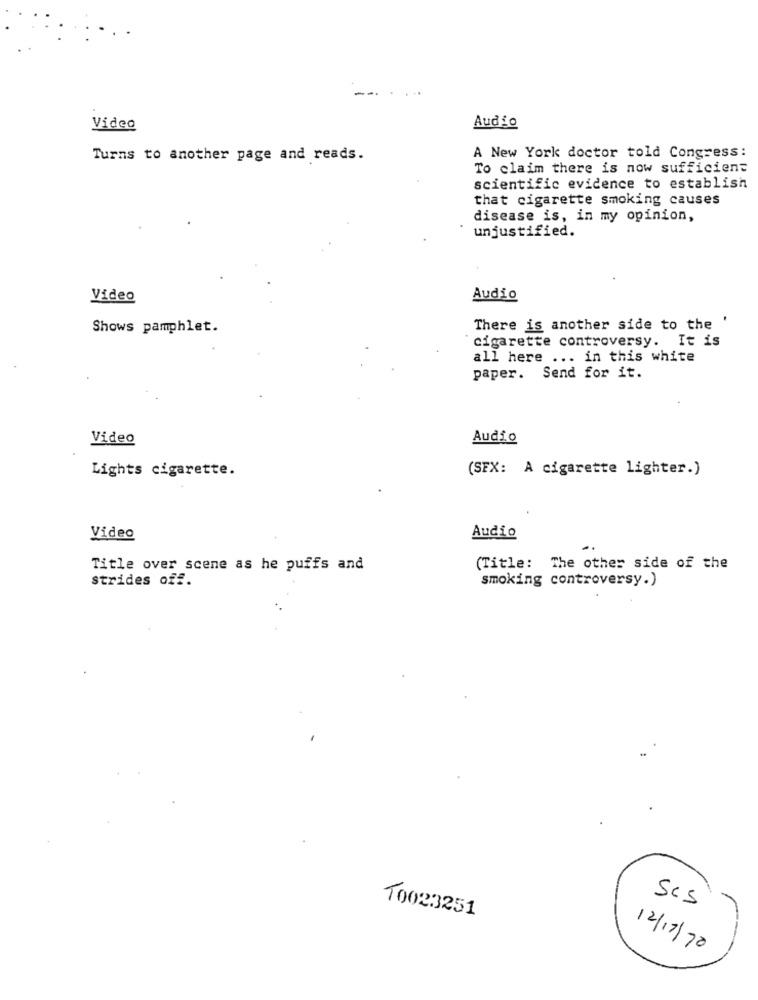
Video
Audio
Turns to another page and reads.
A New York doctor told Congress:
To claim there is now sufficient
scientific evidence to establish
that cigarette smoking causes
disease is, in my opinion,
unjustified.
Video
Audio
Shows pamphlet.
There is another side to the '
cigarette controversy. It is
all here ... in this white
paper. Send for it.
Video
Audio
Lights cigarette.
(SFX: A cigarette lighter.)
Video
Audio
Title over scene as he puffs and
(Title: The other side of the
strides off.
smoking controversy.)
10023251
SCS
12/17/70